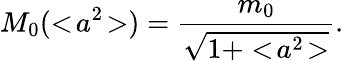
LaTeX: M_{0}(<\! a^{2}\! >)=\frac{m_{0}}{\sqrt{1+<\! a^{2}\! >}}.